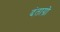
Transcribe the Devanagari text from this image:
दंताग्रो